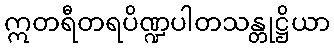
ဣတရီတရပိဏ္ဍပါတသန္တုဋ္ဌိယာ